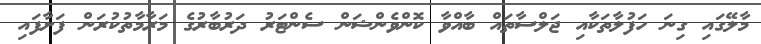
މާލޭގައި ގިނަ ހަފުލާތަކާއި ޖަލްސާތައް ބާއްވާ ކޮންވެންޝަން ސެންޓަރު ދަރުބާރުގެ މަރާމާތުކުރަން ފަށާފައި